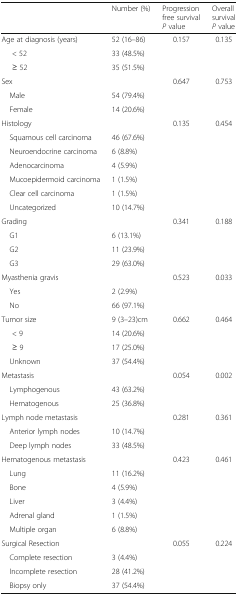
<table><thead><tr><td></td><td><b>Number (%)</b></td><td><b>Progression free survival <i>P</i> value</b></td><td><b>Overall survival <i>P</i> value</b></td></tr></thead><tbody><tr><td>Age at diagnosis (years)</td><td>52 (16–86)</td><td>0.157</td><td>0.135</td></tr><tr><td>&lt; 52</td><td>33 (48.5%)</td><td></td><td></td></tr><tr><td>≥ 52</td><td>35 (51.5%)</td><td></td><td></td></tr><tr><td colspan="2">Sex</td><td>0.647</td><td>0.753</td></tr><tr><td> Male</td><td>54 (79.4%)</td><td></td><td></td></tr><tr><td> Female</td><td>14 (20.6%)</td><td></td><td></td></tr><tr><td>Histology</td><td></td><td>0.135</td><td>0.454</td></tr><tr><td> Squamous cell carcinoma</td><td>46 (67.6%)</td><td></td><td></td></tr><tr><td> Neuroendocrine carcinoma</td><td>6 (8.8%)</td><td></td><td></td></tr><tr><td> Adenocarcinoma</td><td>4 (5.9%)</td><td></td><td></td></tr><tr><td> Mucoepidermoid carcinoma</td><td>1 (1.5%)</td><td></td><td></td></tr><tr><td> Clear cell carcinoma</td><td>1 (1.5%)</td><td></td><td></td></tr><tr><td> Uncategorized</td><td>10 (14.7%)</td><td></td><td></td></tr><tr><td colspan="2">Grading</td><td>0.341</td><td>0.188</td></tr><tr><td> G1</td><td>6 (13.1%)</td><td></td><td></td></tr><tr><td> G2</td><td>11 (23.9%)</td><td></td><td></td></tr><tr><td> G3</td><td>29 (63.0%)</td><td></td><td></td></tr><tr><td colspan="2">Myasthenia gravis</td><td>0.523</td><td>0.033</td></tr><tr><td> Yes</td><td>2 (2.9%)</td><td></td><td></td></tr><tr><td> No</td><td>66 (97.1%)</td><td></td><td></td></tr><tr><td>Tumor size</td><td>9 (3–23)cm</td><td>0.662</td><td>0.464</td></tr><tr><td>&lt; 9</td><td>14 (20.6%)</td><td></td><td></td></tr><tr><td>≥ 9</td><td>17 (25.0%)</td><td></td><td></td></tr><tr><td> Unknown</td><td>37 (54.4%)</td><td></td><td></td></tr><tr><td colspan="2">Metastasis</td><td>0.054</td><td>0.002</td></tr><tr><td> Lymphogenous</td><td>43 (63.2%)</td><td></td><td></td></tr><tr><td> Hematogenous</td><td>25 (36.8%)</td><td></td><td></td></tr><tr><td colspan="2">Lymph node metastasis</td><td>0.281</td><td>0.361</td></tr><tr><td> Anterior lymph nodes</td><td>10 (14.7%)</td><td></td><td></td></tr><tr><td> Deep lymph nodes</td><td>33 (48.5%)</td><td></td><td></td></tr><tr><td colspan="2">Hematogenous metastasis</td><td>0.423</td><td>0.461</td></tr><tr><td> Lung</td><td>11 (16.2%)</td><td></td><td></td></tr><tr><td> Bone</td><td>4 (5.9%)</td><td></td><td></td></tr><tr><td> Liver</td><td>3 (4.4%)</td><td></td><td></td></tr><tr><td> Adrenal gland</td><td>1 (1.5%)</td><td></td><td></td></tr><tr><td> Multiple organ</td><td>6 (8.8%)</td><td></td><td></td></tr><tr><td colspan="2">Surgical Resection</td><td>0.055</td><td>0.224</td></tr><tr><td> Complete resection</td><td>3 (4.4%)</td><td></td><td></td></tr><tr><td> Incomplete resection</td><td>28 (41.2%)</td><td></td><td></td></tr><tr><td> Biopsy only</td><td>37 (54.4%)</td><td></td><td></td></tr></tbody></table>